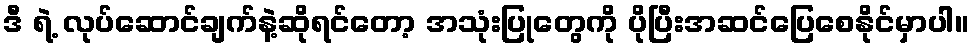
ဒီ ရဲ့ လုပ်ဆောင်ချက်နဲ့ဆိုရင်တော့ အသုံးပြုတွေကို ပိုပြီးအဆင်ပြေစေနိုင်မှာပါ။